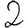
Digit: 2